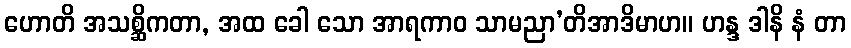
ဟောတိ အသစ္ဆိကတာ, အထ ခေါ သော အာရကာဝ သာမညာ’တိအာဒိမာဟ။ ဟန္ဒ ဒါနိ နံ တာ